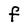
Character: F